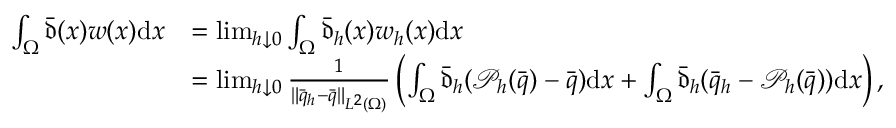
\begin{array} { r l } { \int _ { \Omega } \bar { \mathfrak { d } } ( x ) w ( x ) \mathrm { d } x } & { = \operatorname* { l i m } _ { h \downarrow 0 } \int _ { \Omega } \bar { \mathfrak { d } } _ { h } ( x ) w _ { h } ( x ) \mathrm { d } x } \\ & { = \operatorname* { l i m } _ { h \downarrow 0 } \frac { 1 } { \| \bar { q } _ { h } - \bar { q } \| _ { L ^ { 2 } ( \Omega ) } } \left( \int _ { \Omega } \bar { \mathfrak { d } } _ { h } ( \mathcal { P } _ { h } ( \bar { q } ) - \bar { q } ) \mathrm { d } x + \int _ { \Omega } \bar { \mathfrak { d } } _ { h } ( \bar { q } _ { h } - \mathcal { P } _ { h } ( \bar { q } ) ) \mathrm { d } x \right) , } \end{array}